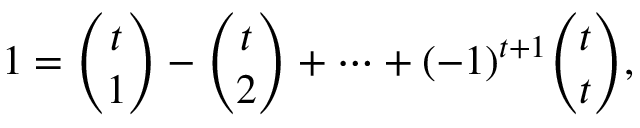
1 = { \binom { t } { 1 } } - { \binom { t } { 2 } } + \cdots + ( - 1 ) ^ { t + 1 } { \binom { t } { t } } ,